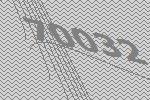
70032